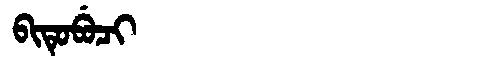
Manchu: ᠪᡳᡨᡠᠪᡠᠴᡳ
Romanization: BITUBUCI